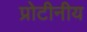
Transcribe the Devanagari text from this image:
प्रोटीनीय